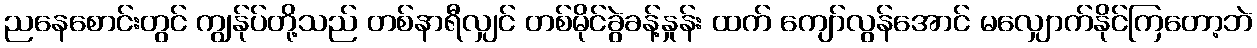
ညနေစောင်းတွင် ကျွန်ုပ်တို့သည် တစ်နာရီလျှင် တစ်မိုင်ခွဲခန့်နှုန်း ထက် ကျော်လွန်အောင် မလျှောက်နိုင်ကြတော့ဘဲ